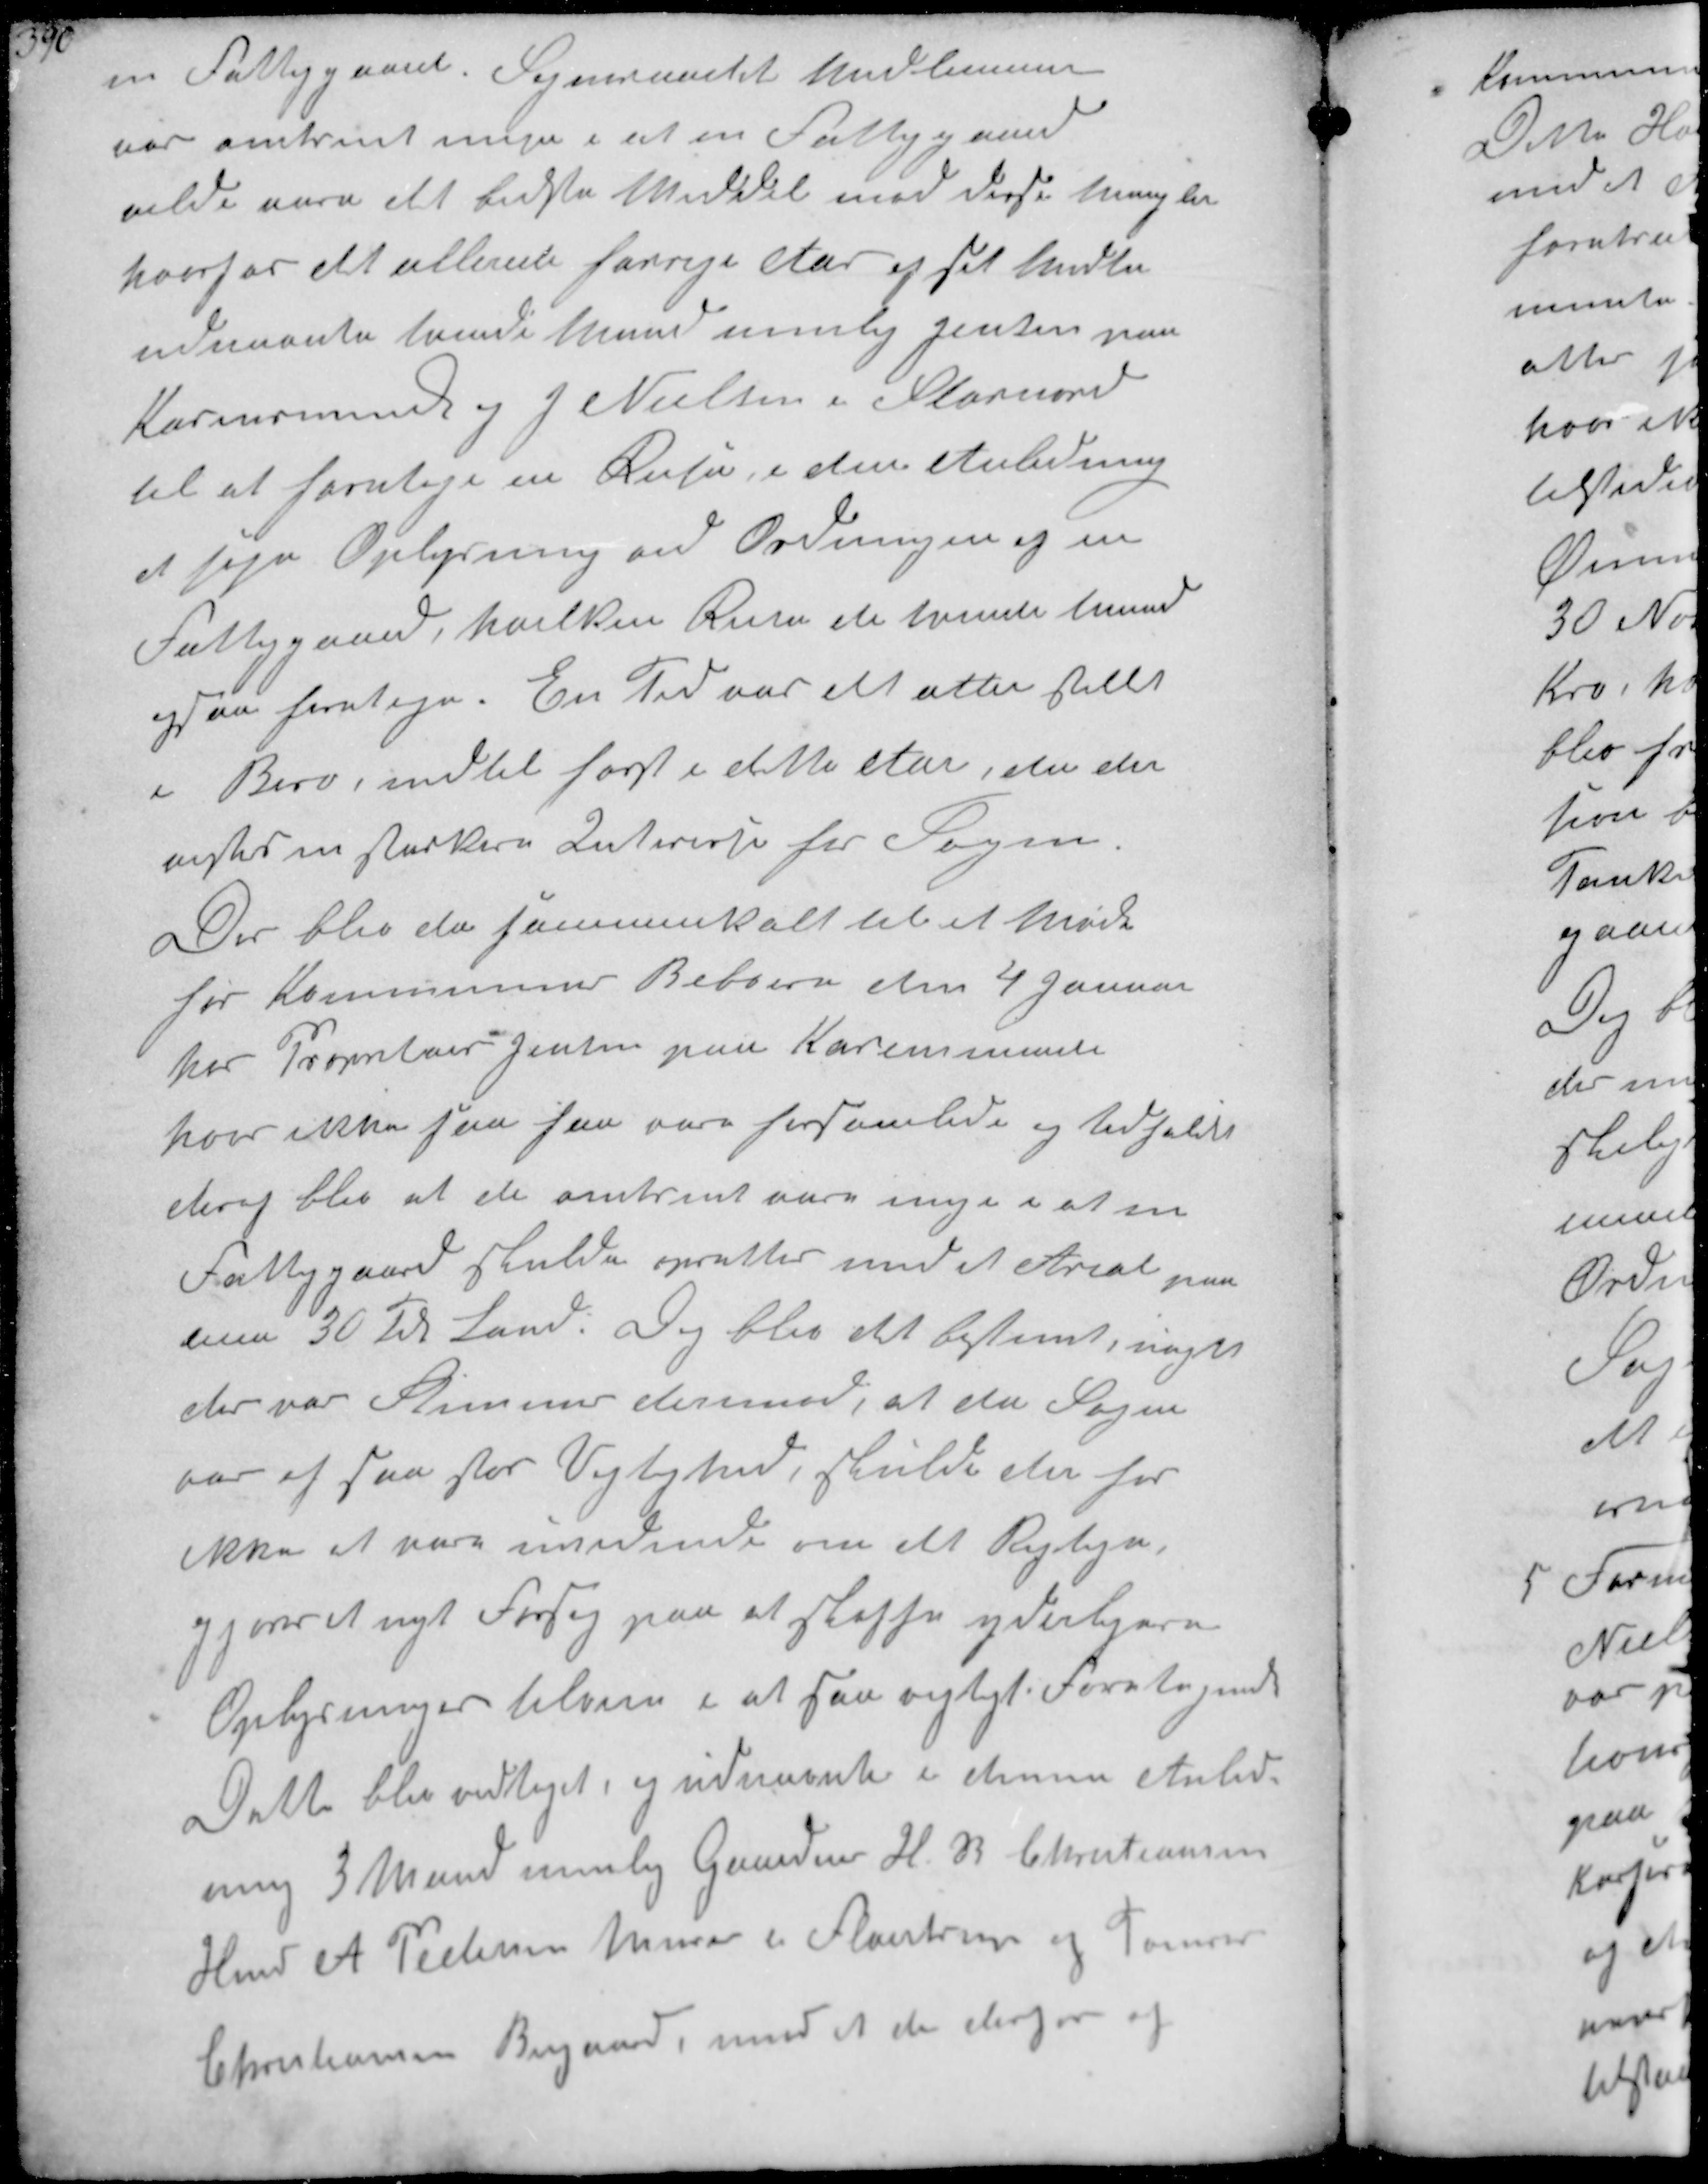
Transskription:
en Fattiggaard. Sogneraadets Medlemmer
var omtrent enige i at en Fattiggaard
vilde være det bedste Middel med disse Mangler 
hvorfor det allerede forrige Aar og   
udnævnte tvende Mand nemlig Jensen paa
Karensminde og J Nielsen i Stornord
til at foretage en Rejse, i de Anledning
at søge Oplysning ved Ordningen af en
Fattiggaard, hvilken Rejse de tvende Mand
ogsaa foretage. En Tid var det atter stillet
i Bero indtil først i dette aar, da der
anses en stærkere Interesse for Sagen
Der blev da sammenkaldt til et Møde
for Kommunens Beboere den 4 Januar
hos Proprietair Jensen paa Karensminde
hvor ikke saa faa var forsamlede og Udfaldet
deraf blev at de omtrent vare enige i at en
Fattiggaard skulde oprettes med et Areal paa
men 30 Td Land. Dog blev det bestemt, noget
der var Stemmer derimod, at da Sagen
var af saa stor Vigtighed, skulde de for
ikke at være uvidende om det Rigtige
gjøre et nyt Forsøg paa at skaffe yderligere
Oplysninger tilveje i at saa vigtigt foretagende
Dette blev vedtaget, og udnævnte i denne Anled-
ning 3 Mand nemlig Gaardejer. H B  Christiansen
Hmd A. Pedersen Murer i Fløistrup og Tømrer
Christiansen Bisgaard, mod at de derfor af